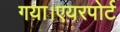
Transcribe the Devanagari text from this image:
गया।एयरपोर्ट